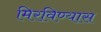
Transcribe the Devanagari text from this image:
मिरविण्यास